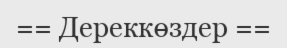
== Дереккөздер ==